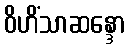
ဝိဟိံသာဆန္ဒော